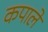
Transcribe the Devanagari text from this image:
कपाले